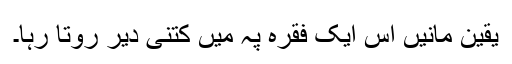
یقین مانیں اس ایک فقرہ پہ میں کتنی دیر روتا رہا۔